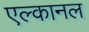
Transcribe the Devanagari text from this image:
एल्कानल